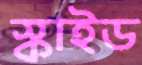
স্কাইড